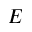
E